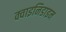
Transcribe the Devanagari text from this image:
क्वाइनिडाइन